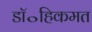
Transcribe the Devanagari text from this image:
डॉ॰हिकमत